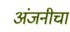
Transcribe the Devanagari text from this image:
अंजनीचा